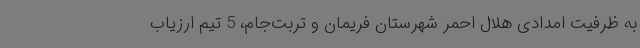
به ظرفیت امدادی هلال احمر شهرستان فریمان و تربت‌جام، 5 تیم ارزیاب